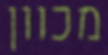
מכוון